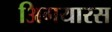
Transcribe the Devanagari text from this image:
अिगयारस